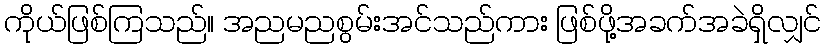
ကိုယ်ဖြစ်ကြသည်။ အညမညစွမ်းအင်သည်ကား ဖြစ်ဖို့အခက်အခဲရှိလျှင်